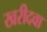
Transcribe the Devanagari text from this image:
खरीदवा